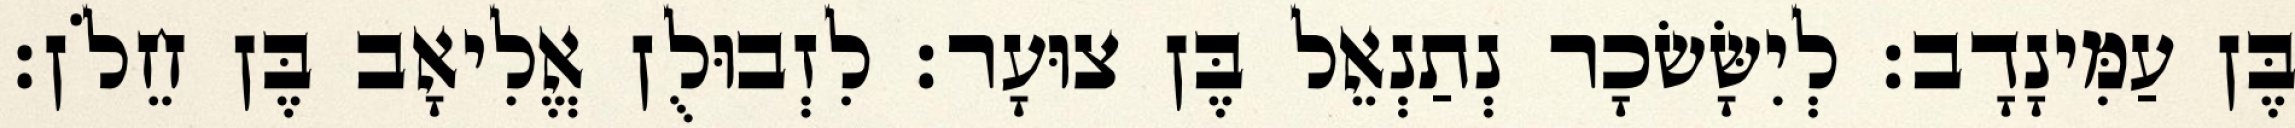
בֶּן עַמִּינָדָב׃ לְיִשָּׂשׂכָר נְתַנְאֵל בֶּן צוּעָר׃ לִזְבוּלֻן אֱלִיאָב בֶּן חֵלֹן׃